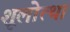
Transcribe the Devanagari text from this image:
शूलोत्था